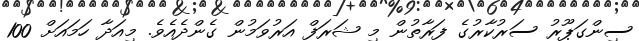
ސިންގަޕޫރު ސަރުކާރުގެ ފަރާތުން މި ޝަރަފް އަރުވަމުން ގެންދެއެވެ. މިއަދާ ހަމައަށް 100